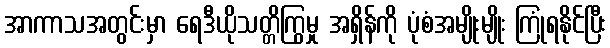
အာကာသအတွင်းမှာ ရေဒီယိုသတ္တိကြွမှု အရှိန်ကို ပုံစံအမျိုးမျိုး ကြုံရနိုင်ပြီး